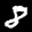
Label: 8